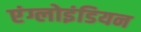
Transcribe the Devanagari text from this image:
एंग्लोइंडियन